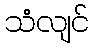
သံလျင်